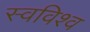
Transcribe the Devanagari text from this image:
स्वविश्व